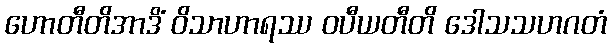
ဟောတီတိအာဒိံ ဝိသာဟာရဿ ဝပီယတီတိ ဒေါသသဟဂတံ